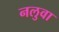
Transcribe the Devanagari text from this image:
नलुवा